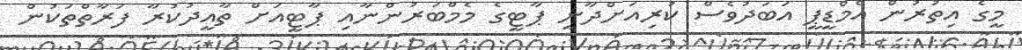
މީގެ އިތުރުން އެމްޑީޕީ އަބަދުވެސް ކުރިއަށްދާނީ ޕާޓީގެ މެމްބަރުންނާއި ޕާޓީއަށް ތާއީދުކުރާ ފަރާތްތަކުން